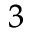
^ { 3 }